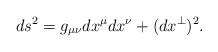
LaTeX: \begin{align*}ds^2=g_{\mu\nu}dx^\mu dx^\nu+(dx^{\perp})^2.\end{align*}